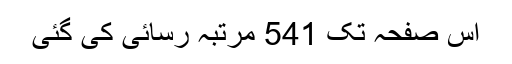
اِس صفحہ تک 541 مرتبہ رسائی کی گئی